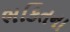
ભકિતના